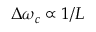
\Delta \omega _ { c } \propto 1 / L